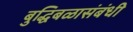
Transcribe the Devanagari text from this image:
बुद्धिबळासंबंधी